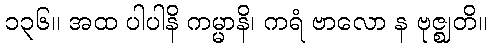
၁၃၆။ အထ ပါပါနိ ကမ္မာနိ၊ ကရံ ဗာလော န ဗုဇ္ဈတိ။